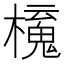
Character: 𣝂